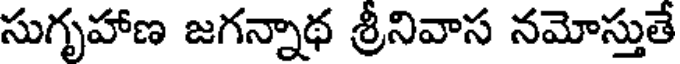
సుగృహాణ జగన్నాథ శ్రీనివాస నమోస్తుతే